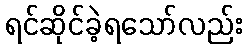
ရင်ဆိုင်ခဲ့ရသော်လည်း